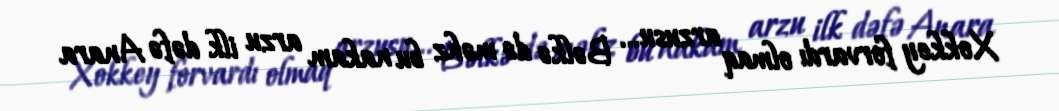
Xokkey forvardı olmaq arzusu... Bəlkə də məhz bu nakam arzu ilk dəfə Anara